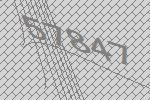
57847